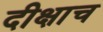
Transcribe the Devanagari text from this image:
दीक्षाच